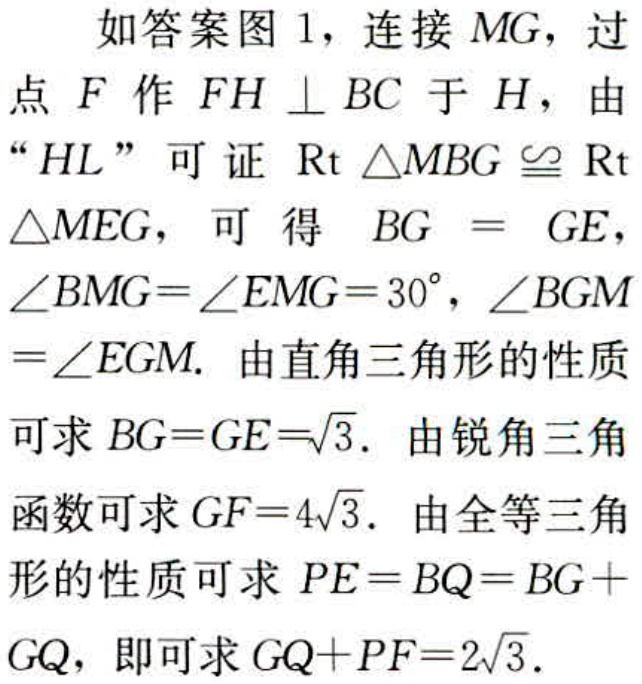
如答案图 1，连接 \(MG\)，过点 \(F\) 作 \(FH\perp BC\) 于 \(H\)，由“\(HL\)”可证 \(\text{Rt}\triangle MBG\cong\text{Rt}\triangle MEG\)，可得 \(BG = GE\)，\(\angle BMG=\angle EMG = 30^{\circ}\)，\(\angle BGM=\angle EGM\). 由直角三角形的性质可求 \(BG = GE=\sqrt{3}\). 由锐角三角函数可求 \(GF = 4\sqrt{3}\). 由全等三角形的性质可求 \(PE = BQ=BG + GQ\)，即可求 \(GQ + PF=2\sqrt{3}\).